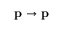
\mathbf { p } \rightarrow \mathbf { p }